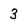
Character: 3